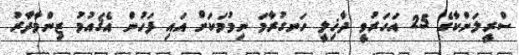
ސްރީލަންކާގެ 25 އަހަރުވީ ދާޚިލީ ހަނގުރާމަ ނިމުމަކަށް އައި ފަހުން އެޤައުމު ޒިންމާދާރު